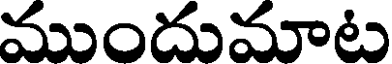
ముందుమాట